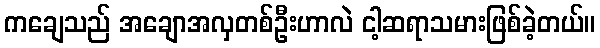
ကချေသည် အချောအလှတစ်ဦးဟာလဲ ငါ့ဆရာသမားဖြစ်ခဲ့တယ်။